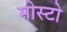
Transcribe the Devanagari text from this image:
मोस्टो